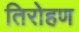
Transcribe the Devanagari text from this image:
तिरोहण